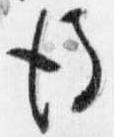
後